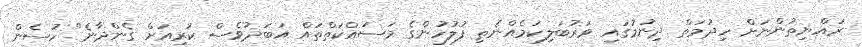
ރައްޔިތުންނަށް ހިދުމަތް ދިނުމުގައި ވަރުބަލިކަމެއްނެތި ފުލުހުންގެ މަސައްކަތްތައް އަބަދުވެސް ކުރިއަށް ގެންދާނެ" ހުސެން